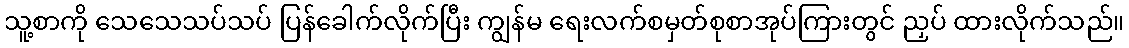
သူ့စာကို သေသေသပ်သပ် ပြန်ခေါက်လိုက်ပြီး ကျွန်မ ရေးလက်စမှတ်စုစာအုပ်ကြားတွင် ညှပ် ထားလိုက်သည်။